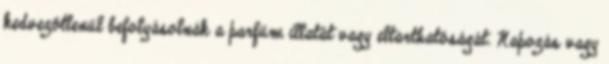
kedvezőtlenül befolyásolnák a parfüm illatát vagy eltarthatóságát. Napozás vagy